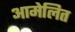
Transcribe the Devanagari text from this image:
आमेलित